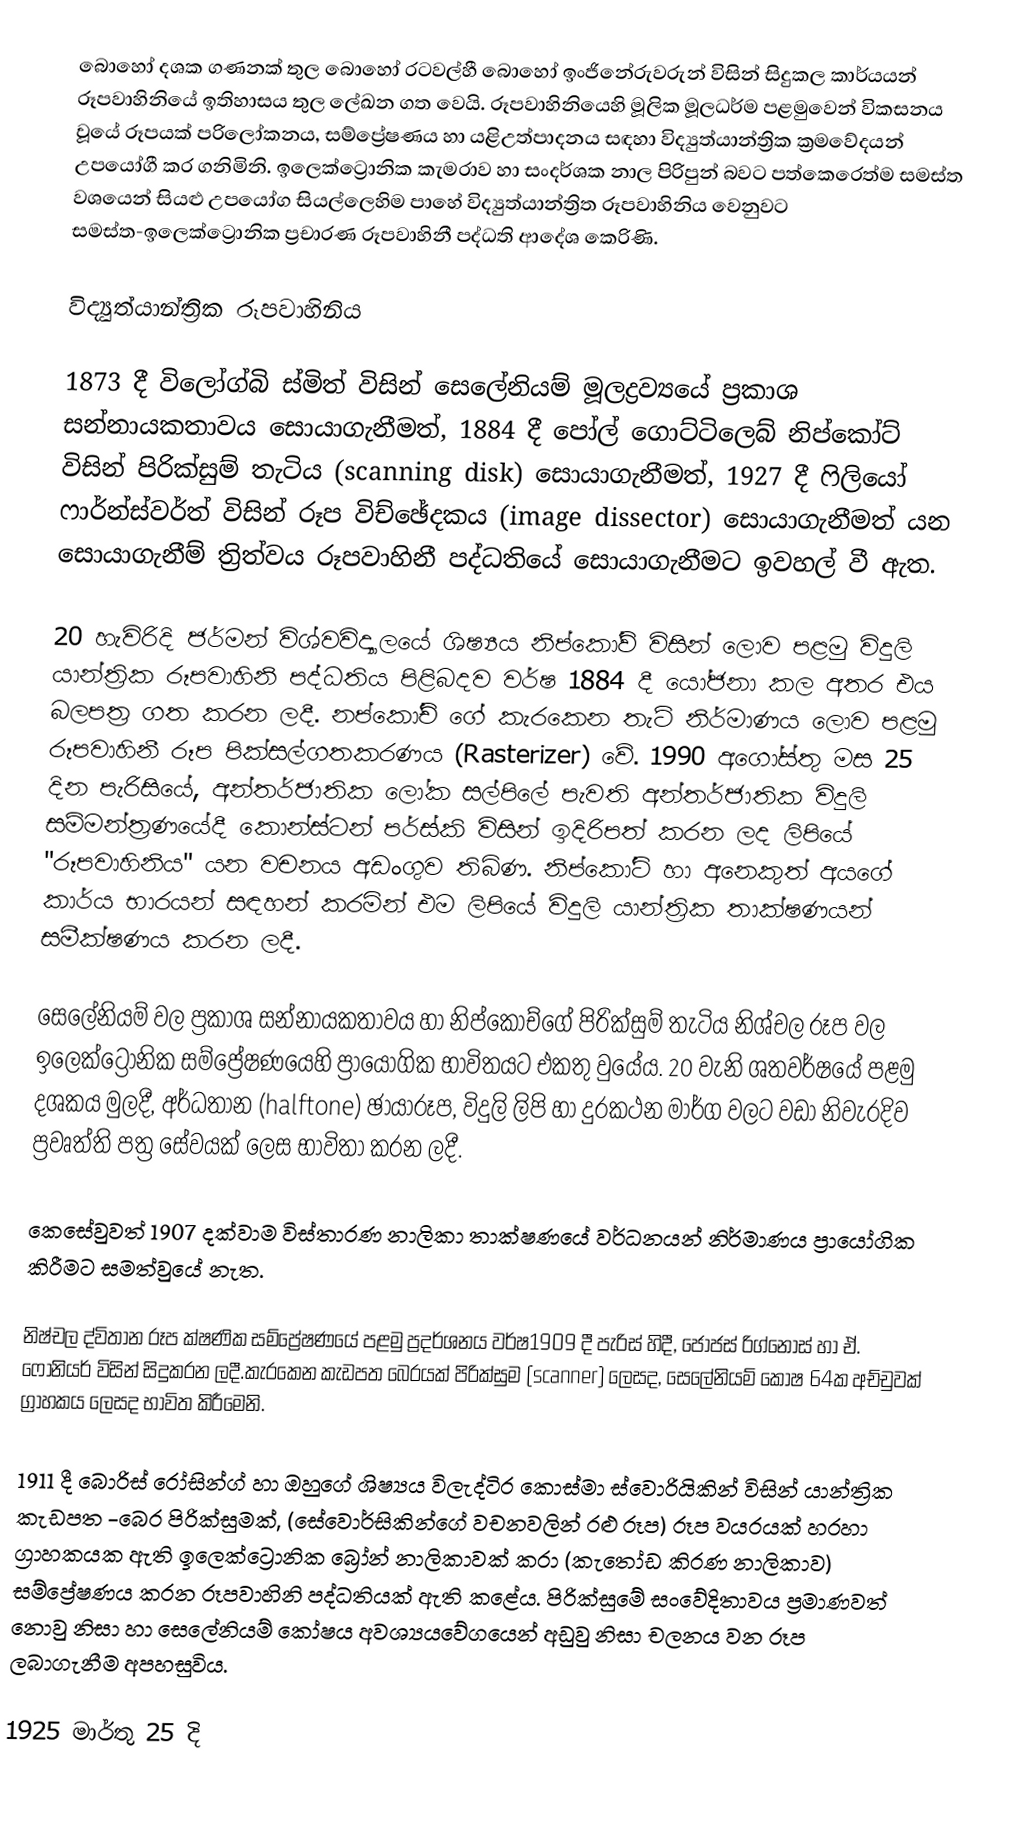
බොහෝ දශක ගණනක් තුල බොහෝ රටවල්හී බොහෝ ඉංජිනේරුවරුන් විසින් සිදුකල කාර්යයන් රූපවාහිනියේ ඉතිහාසය තුල ලේඛන ගත වෙයි. රූපවාහිනියෙහි මූලික මූලධර්ම පළමුවෙන් විකසනය වූයේ රූපයක් පරිලෝකනය, සම්ප්‍රේෂණය හා යළිඋත්පාදනය සඳහා විද්‍යුත්යාන්ත්‍රික ක්‍රමවේදයන් උපයෝගී කර ගනිමිනි. ඉලෙක්ට්‍රොනික කැමරාව හා සංදර්ශක නාල පිරිපුන් බවට පත්කෙරෙත්ම සමස්ත වශයෙන් සියළු උපයෝග සියල්ලෙහිම පාහේ විද්‍යුත්යාන්ත්‍රිත රූපවාහිනිය වෙනුවට සමස්ත-ඉලෙක්ට්‍රොනික  ප්‍රචාරණ රූපවාහිනී පද්ධති ආදේශ කෙරිණි.

විද්‍යුත්යාන්ත්‍රික රූපවාහිනිය

1873 දී විලෝ‍ග්බි ස්මිත් විසින් සෙලේනියම් මූලද්‍රව්‍යයේ ප්‍රකාශ සන්නායකතාවය සොයාගැනීමත්, 1884 දී පෝල් ගොට්ටිලෙබ් නිප්කෝට් විසින් පිරික්සුම් තැටිය (scanning disk)  සොයාගැනීමත්, 1927 දී ෆිලියෝ ෆාර්න්ස්වර්ත‍් විසින් රූප විච්ඡේදකය (image dissector) සොයාගැනීමත් යන සොයාගැනීම් ත්‍රිත්වය රූපවාහිනී පද්ධතියේ සොයාගැනීමට ඉවහල් වී ඇත.

20 හැවිරිදි ජර්මන් විශ්වවිද්‍යාලයේ ශිෂ්‍යය නිප්කෝව් විසින් ලොව පළමු  විදුලි යාන්ත්‍රික රූපවාහිනි පද්ධතිය පිළිබදව වර්ෂ 1884 දී යෝජනා කල අතර එය බලපත්‍ර ගත කරන ලදී. නප්කෝච් ගේ කැරකෙන තැටි නිර්මාණය ලොව පළමු රූපවාහිනී රූප පික්සල්ගතකරණය (Rasterizer) වේ. 1990 අගෝස්තු මස 25 දින පැරිසියේ, අන්තර්ජාතික ලෝක සල්පිලේ පැවති අන්තර්ජාතික විදුලි සම්මන්ත්‍රණයේදී කොන්ස්ටන් පර්ස්කි විසින් ඉදිරිපත් කරන ලද  ලිපියේ "රූපවාහිනිය" යන වචනය අඩංගුව තිබිණ. නිප්කෝට් හා අනෙකුත් අයගේ කාර්ය භාරයන් සඳහන් කරමින් එම ලිපියේ විදුලි යාන්ත්‍රික තාක්ෂණයන් සමීක්ෂණය කරන ලදී.

සෙලේනියම් වල ප්‍රකාශ සන්නායකතාවය හා නිප්කෝච්ගේ පිරික්සුම් තැටිය නිශ්චල රූප වල ‍ඉලෙක්ට්‍රොනික සම්ප්‍රේෂණයෙහි ප්‍රායෝගික භාවිතයට එකතු වුයේය. 20 වැනි ශතවර්ෂයේ පළමු දශකය මුලදී, අර්ධතාන (halftone) ඡායාරූප, විදුලි ලිපි හා දුරකථන මාර්ග වලට වඩා නිවැරදිව ප්‍රවෘත්ති පත්‍ර සේවයක් ලෙස  භාවිතා කරන ලදී.

කෙසේවුවත් 1907 දක්වාම විස්තාරණ නාලිකා තාක්ෂණයේ වර්ධනයන් නිර්මාණය ප්‍රායෝගික කිරීමට සමත්වුයේ නැත.

නිෂ්චල ද්විතාන රූප ක්ෂණික සම්ප්‍රේෂණයේ පළමු  ප්‍රදර්ශනය වර්ෂ1909 දී පැරිස් හිදී,  ජෝජස් රිග්නෝස් හා ඒ. ෆෝනියර් විසින් සිදුකරන ලදී.කැරකෙන කැඩපත බෙරයක් පිරික්සුම (scanner) ලෙසද, සෙලේනියම් කෝෂ 64ක අච්චුවක් ග්‍රාහකය ලෙසද භාවිත කිරීමෙනි.

1911 දී බොරිස් රෝසින්ග් හා ඔහුගේ ශිෂ්‍යය විලැද්ටිර කොස්මා ස්වොරියිකින් විසින්  යාන්ත්‍රික කැඩපත -බෙර පිරික්සුමක්, (සේවොර්සිකින්ගේ වචනවලින් රළු රූප) රූප වයරයක් හරහා ග්‍රාහකයක ඇති ඉලෙක්ට්‍රොනික බ්‍රෝන් නාලිකාවක් කරා  (කැතෝඩ කිරණ නාලිකාව) සම්ප්‍රේෂණය කරන රූපවාහිනි පද්ධතියක් ඇති කළේය. පිරික්සුමේ සංවේදිතාවය ප්‍රමාණවත් නොවු නිසා හා සෙලේනියම් කෝෂය අවශ්‍යය‍වේගයෙන් අඩුවු නිසා චලනය වන රූප ලබාගැනීම අපහසුවිය.

1925 මාර්තු 25 දි